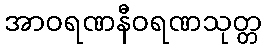
အာဝရဏနီဝရဏသုတ္တ